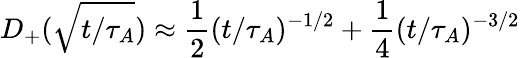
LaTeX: D_{+}(\sqrt{t/\tau_{A}})\approx\frac{1}{2}(t/\tau_{A})^{-1/2}+\frac{1}{4}(t/\tau_{A})^{-3/2}